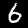
Digit: 6